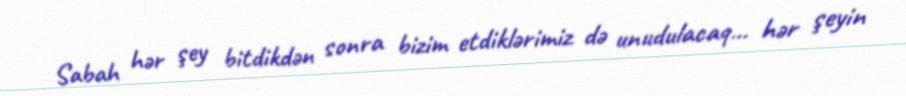
Sabah hər şey bitdikdən sonra bizim etdiklərimiz də unudulacaq... hər şeyin